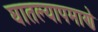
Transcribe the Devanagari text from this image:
घातल्यापमाणे